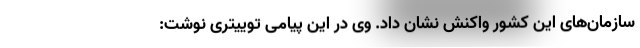
سازمان‌های این کشور واکنش نشان داد. وی در این پیامی توییتری نوشت: